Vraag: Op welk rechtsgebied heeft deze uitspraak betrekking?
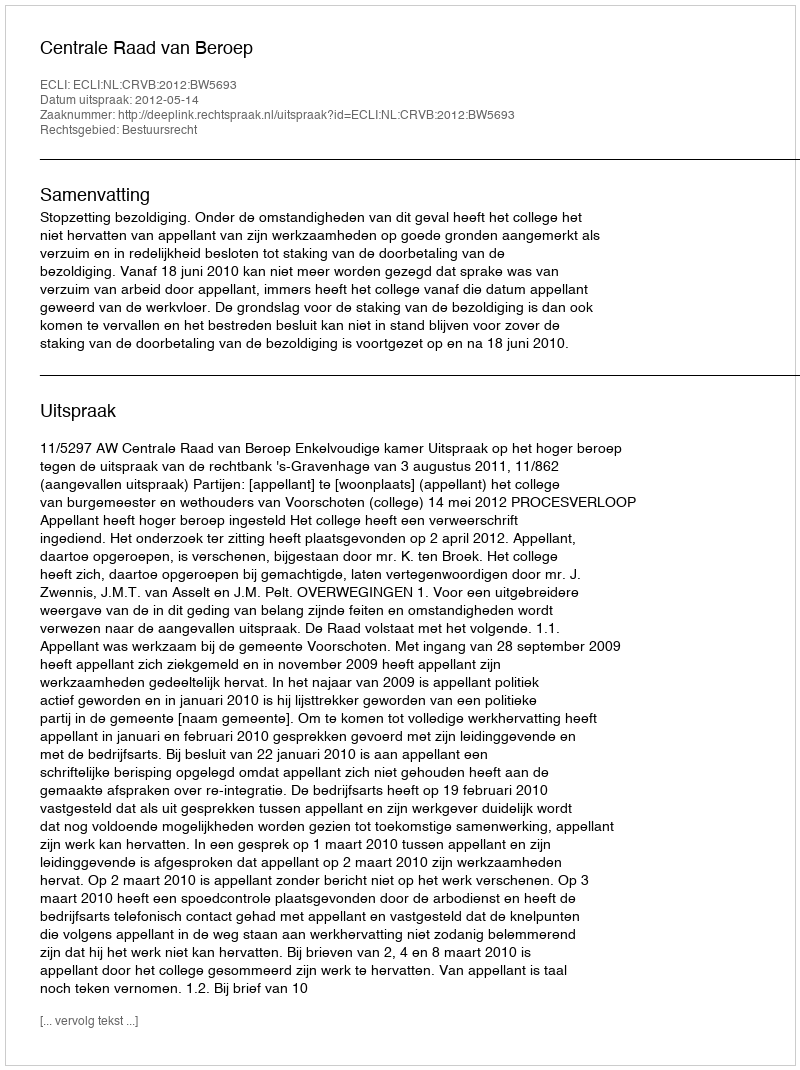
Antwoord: Bestuursrecht